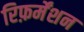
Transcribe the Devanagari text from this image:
रिफ़र्मेंशन